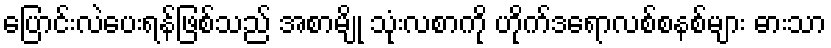
ပြောင်းလဲပေးရန်ဖြစ်သည် အစာမျို သုံးလစာကို ဟိုက်ဒရောလစ်စနစ်များ ဓားသာ